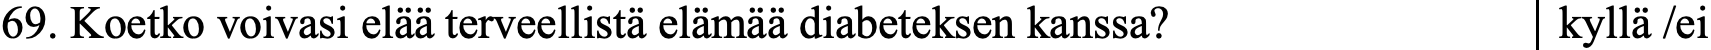
69. Koetko voivasi elää terveellistä elämää diabeteksen kanssa? kyllä /ei